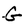
Character: G